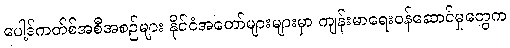
ပေါ့ဒ်ကတ်စ်အစီအစဉ်များ နိုင်ငံအတော်များများမှာ ကျန်းမာရေးဝန်ဆောင်မှုတွေက